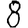
Digit: 8